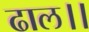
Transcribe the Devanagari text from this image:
ढाल।।